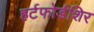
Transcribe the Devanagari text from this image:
हर्टफोर्डशिर